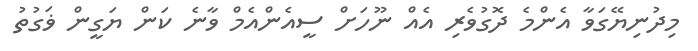
މިދުނިޔޭގަވާ އެންމެ ދޮގުވެރި އެއް ނޫހަށް ސީއެންއެމް ވާނެ ކަން ޔަގީން ޥަގުތު